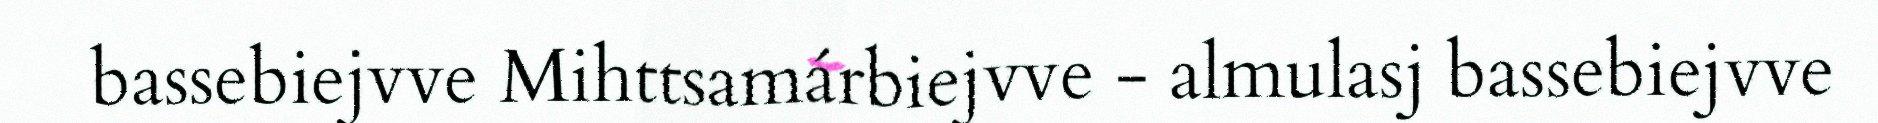
bassebiejvve Mihttsamárbiejvve - almulasj bassebiejvve